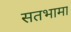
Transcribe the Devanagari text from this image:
सतभामा